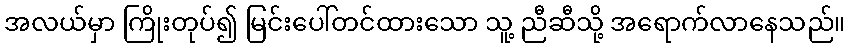
အလယ်မှာ ကြိုးတုပ်၍ မြင်းပေါ်တင်ထားသော သူ့ ညီဆီသို့ အရောက်လာနေသည်။